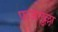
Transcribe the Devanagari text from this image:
फजलुल्ला